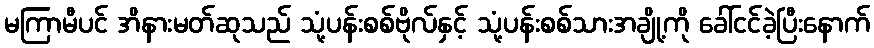
မကြာမီပင် အိနားမတ်ဆုသည် သုံ့ပန်းစစ်ဗိုလ်နှင့် သုံ့ပန်းစစ်သားအချို့ကို ခေါ်ငင်ခဲ့ပြီးနောက်